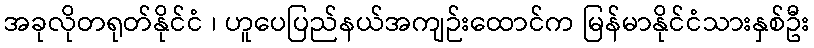
အခုလိုတရုတ်နိုင်ငံ ၊ ဟူပေပြည်နယ်အကျဉ်းထောင်က မြန်မာနိုင်ငံသားနှစ်ဦး